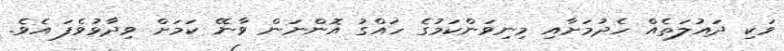
ވަކި ދައުލަތެއް ހެދުމަށާއި މިނިވަންކަމުގެ ހައްގު އޮންނަން ވާނޭ ކަމަށް ވިދާޅުވެފަ އެވެ.